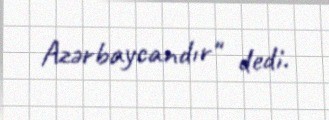
Azərbaycandır" dedi.